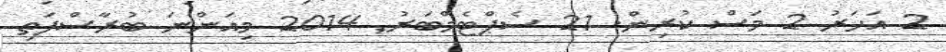
2 އަހަރު 2 މަސް ކުރިން. 21 ސެޕްޓެމްބަރު